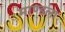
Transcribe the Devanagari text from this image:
माण्डला